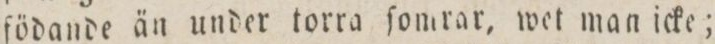
födande än under torra ſomrar, wet man icke;